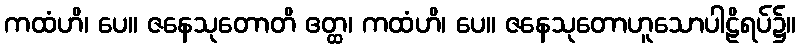
ကထံဟိ၊ ပေ။ ဇနေသုတောတိ ဧတ္ထ၊ ကထံဟိ၊ ပေ။ ဇနေသုတောဟူသောပါဠိရပ်၌။